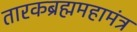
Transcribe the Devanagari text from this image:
तारकब्रह्ममहामंत्र